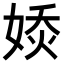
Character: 𡞊